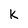
Character: K